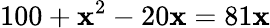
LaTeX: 100+\mathbf{x}^{2}-20\mathbf{x}=81\mathbf{x}